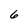
Character: 6